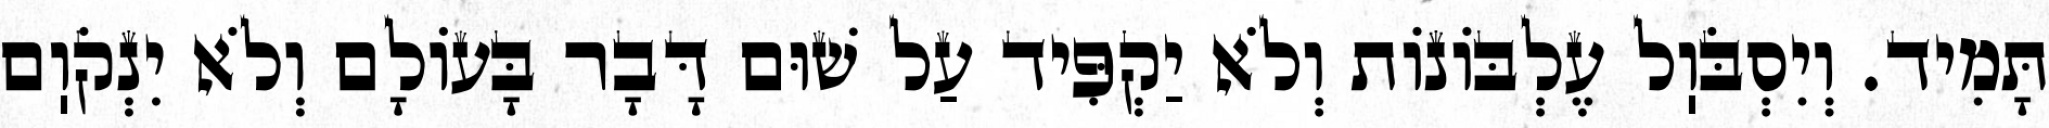
תָּמִיד. וְיִסְבֹּוֽל עֶלְבּוֹנוֹת וְלֹא יַקְפִּיד עַל שׁוּם דָּבָר בָּעוֹלָם וְלֹא יִנְקֹוֽם